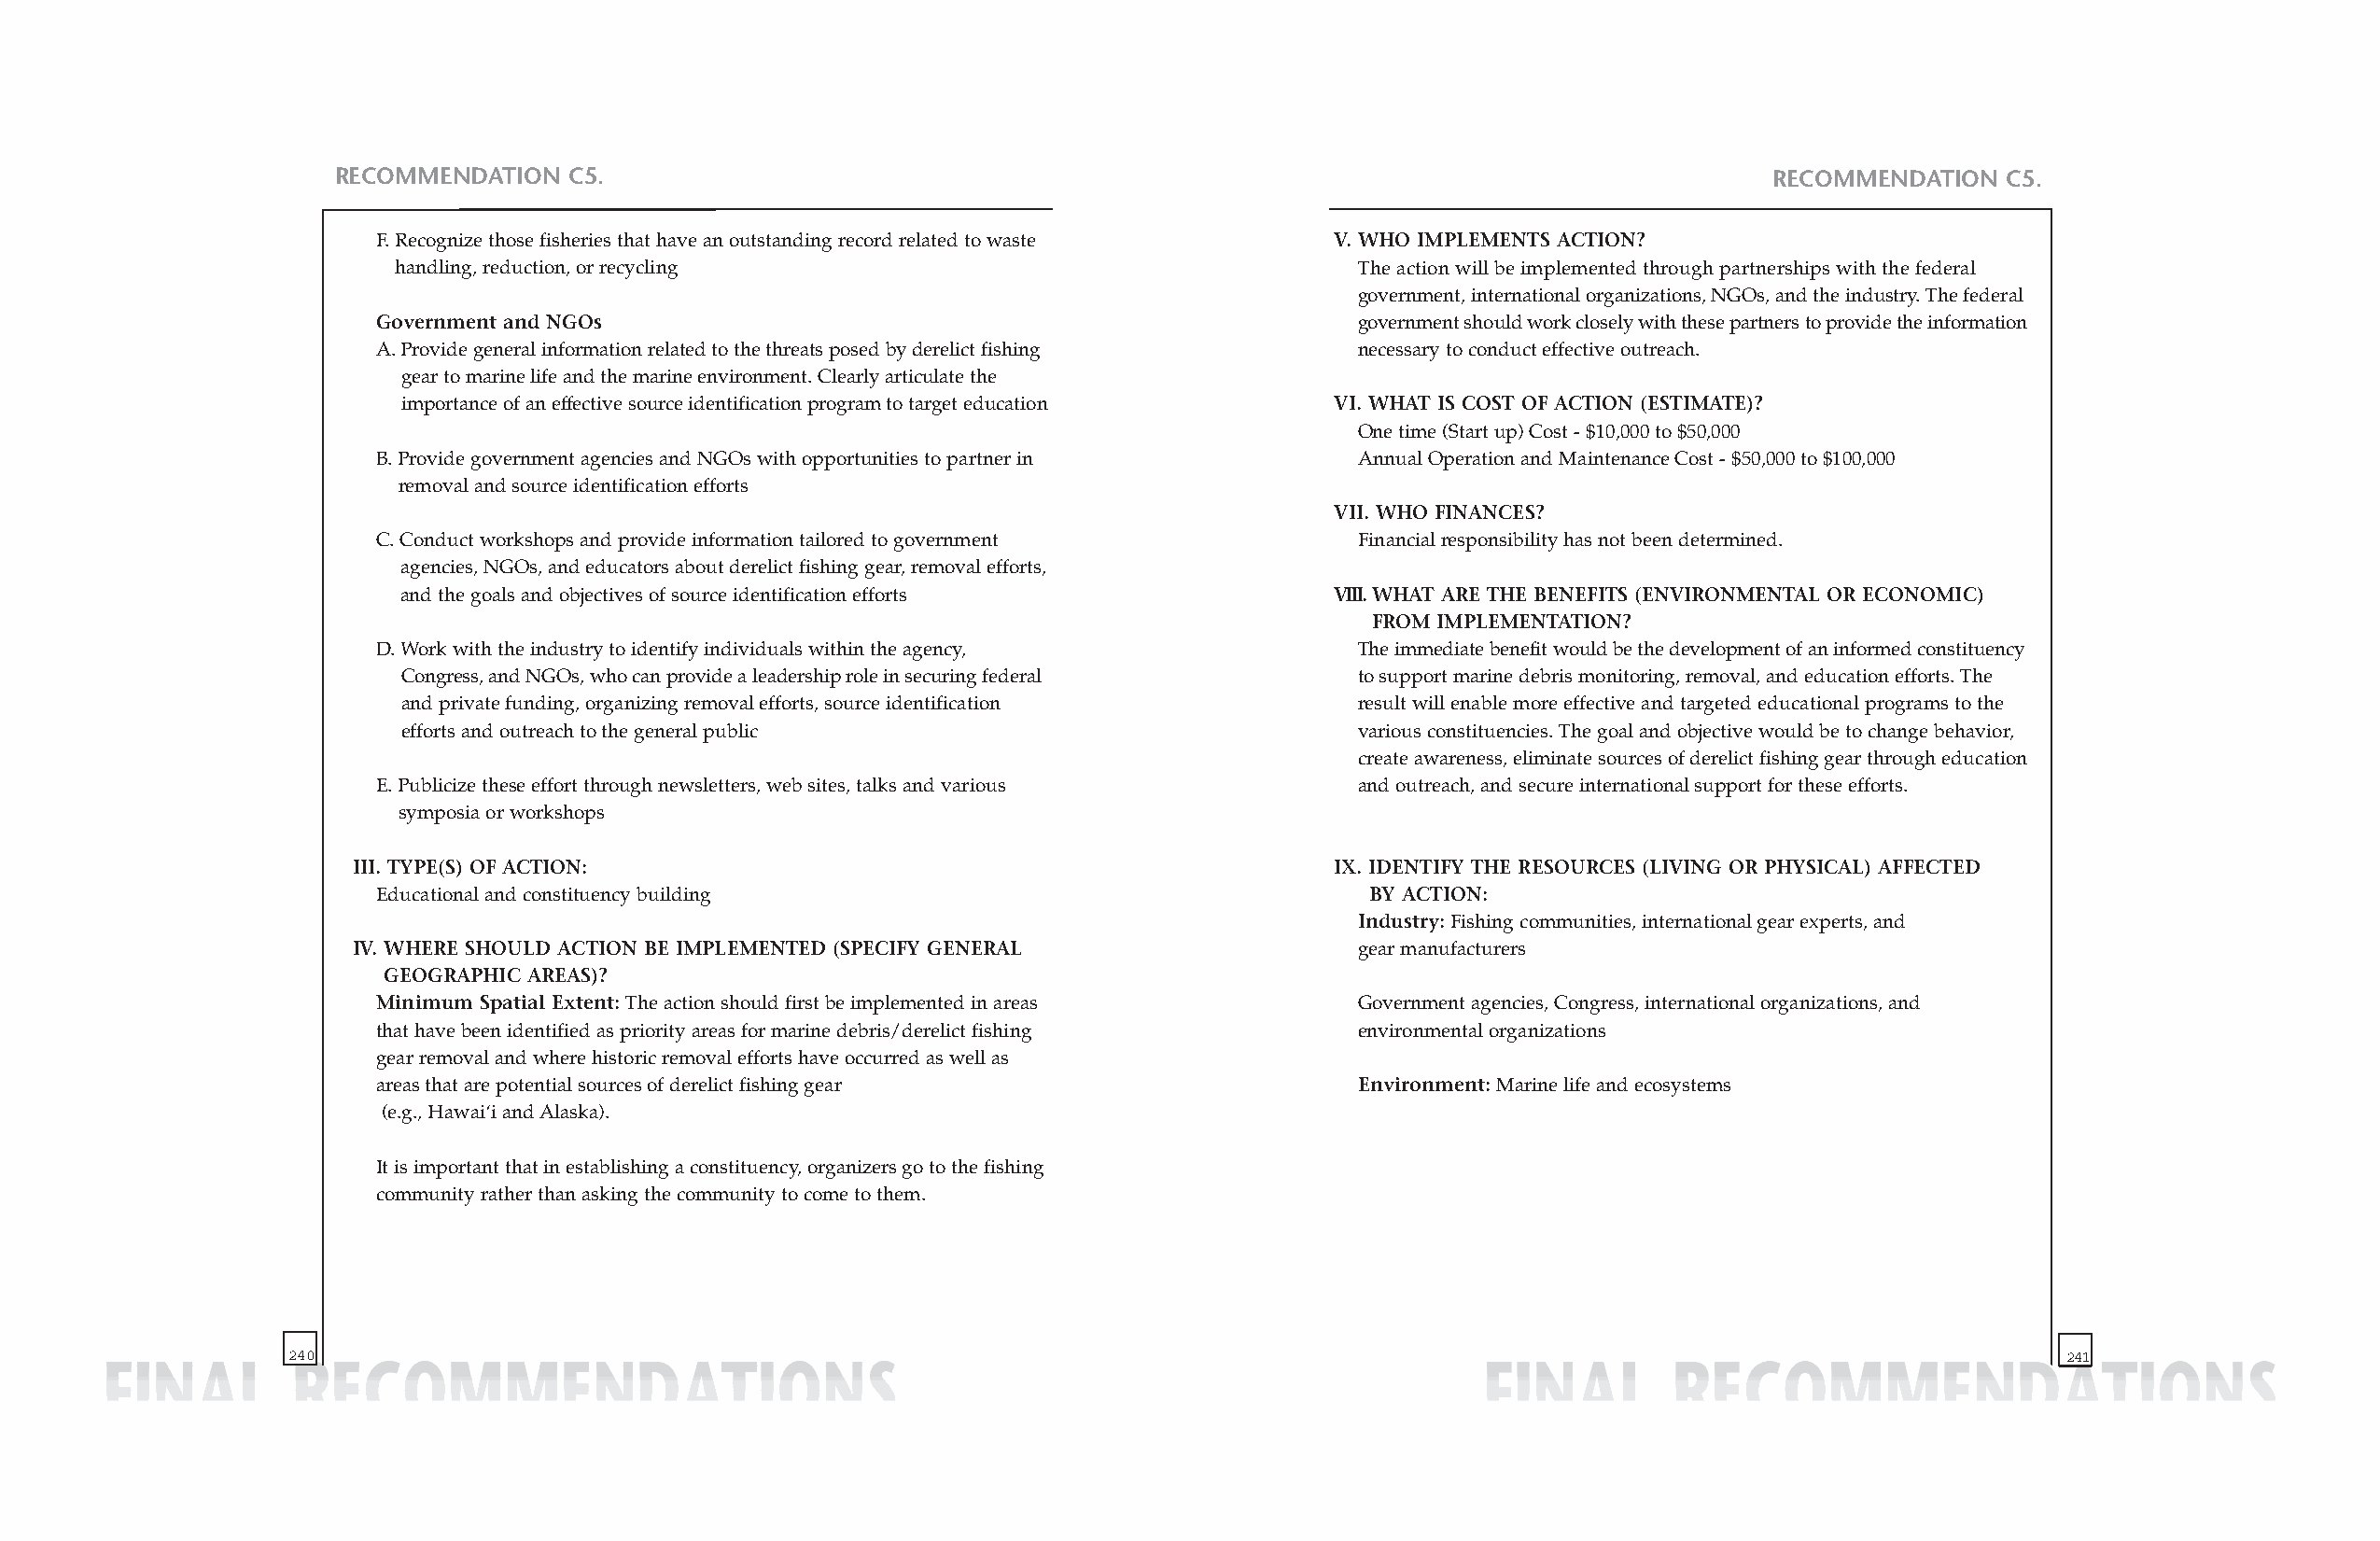
RECOMMENDATION  C5.                                                                                   RECOMMENDATION  C5.
 F. Recognize those fisheries that have an outstanding record related to waste V. WHO IMPLEMENTS ACTION?
 handling, reduction, or recycling                                   The action will be implemented through partnerships with the federal
 government, international organizations, NGOs, and the industry. The federal
 Government and NGOs                                                  government should work closely with these partners to provide the information
 A. Provide general information related to the threats posed by derelict fishing necessary to conduct effective outreach.
 gear to marine life and the marine environment. Clearly articulate the
 importance of an effective source identification program to target education VI. WHAT IS COST OF ACTION (ESTIMATE)?
 One time (Start up) Cost - $10,000 to $50,000
 B. Provide government agencies and NGOs with opportunities to partner in Annual Operation and Maintenance Cost - $50,000 to $100,000
 removal and source identification efforts
 VII. WHO FINANCES?
 C. Conduct workshops and provide information tailored to government  Financial responsibility has not been determined.
 agencies, NGOs, and educators about derelict fishing gear, removal efforts,
 and the goals and objectives of source identification efforts      VIII.WHAT ARE THE BENEFITS (ENVIRONMENTAL OR ECONOMIC)
 FROM IMPLEMENTATION?
 D. Work with the industry to identify individuals within the agency, The immediate benefit would be the development of an informed constituency
 Congress, and NGOs, who can provide a leadership role in securing federal to support marine debris monitoring, removal, and education efforts. The
 and private funding, organizing removal efforts, source identification result will enable more effective and targeted educational programs to the
 efforts and outreach to the general public                          various constituencies. The goal and objective would be to change behavior,
 create awareness, eliminate sources of derelict fishing gear through education
 E. Publicize these effort through newsletters, web sites, talks and various and outreach, and secure international support for these efforts.
 symposia or workshops
 III. TYPE(S) OF ACTION:                                               IX. IDENTIFY THE RESOURCES (LIVING OR PHYSICAL) AFFECTED
 Educational and constituency building                                 BY ACTION:
 Industry:Fishing communities, international gear experts, and
 IV. WHERE SHOULD ACTION BE IMPLEMENTED (SPECIFY GENERAL                gear manufacturers
 GEOGRAPHIC AREAS)?
 Minimum Spatial Extent:The action should first be implemented in areas Government agencies, Congress, international organizations, and
 that have been identified as priority areas for marine debris/derelict fishing environmental organizations
 gear removal and where historic removal efforts have occurred as well as
 areas that are potential sources of derelict fishing gear            Environment:Marine life and ecosystems
 (e.g., Hawai‘i and Alaska).
 It is important that in establishing a constituency, organizers go to the fishing
 community rather than asking the community to come to them.
 240                                                                                                                            241